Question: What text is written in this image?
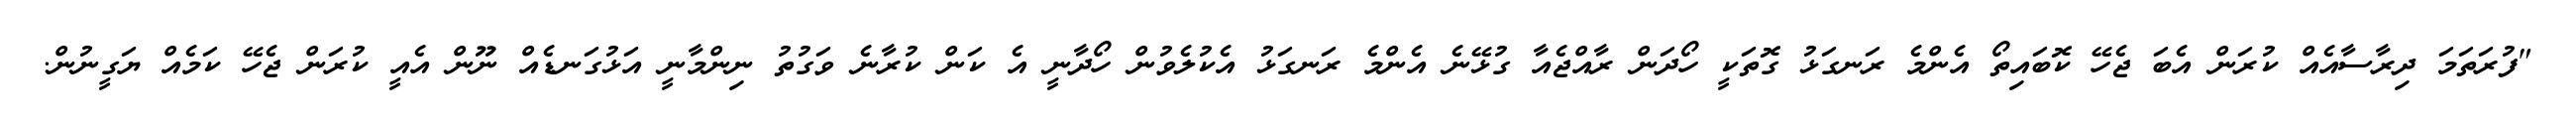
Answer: "ފުރަތަމަ ދިރާސާއެއް ކުރަން އެބަ ޖެހޭ ކޮބައިތޯ އެންމެ ރަނގަޅު ގޮތަކީ ހޯދަން ރާއްޖެއާ ގުޅޭނެ އެންމެ ރަނގަޅު އެކުލެވުން ހޯދާނީ އެ ކަން ކުރާނެ ވަގުތު ނިންމާނީ އަޅުގަނޑެއް ނޫން އެއީ ކުރަން ޖެހޭ ކަމެއް ޔަގީނުން.